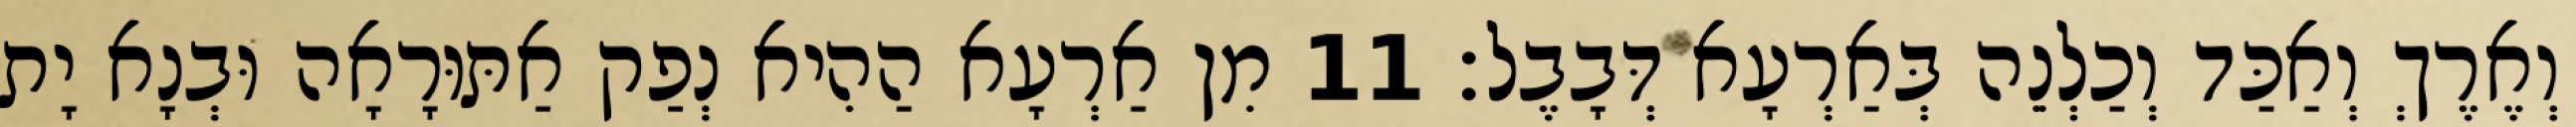
וְאֶרֶךְ וְאַכַּד וְכַלְנֵה בְּאַרְעָא דְּבָבֶל׃ 11 מִן אַרְעָא הַהִיא נְפַק אַתּוּרָאָה וּבְנָא יָת